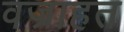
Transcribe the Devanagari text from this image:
वज्राहत